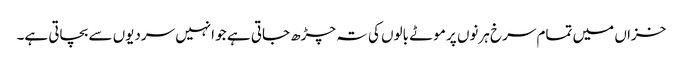
خزاں میں تمام سرخ ہرنوں پر موٹے بالوں کی تہ چڑھ جاتی ہے جو انہیں سردیوں سے بچاتی ہے۔